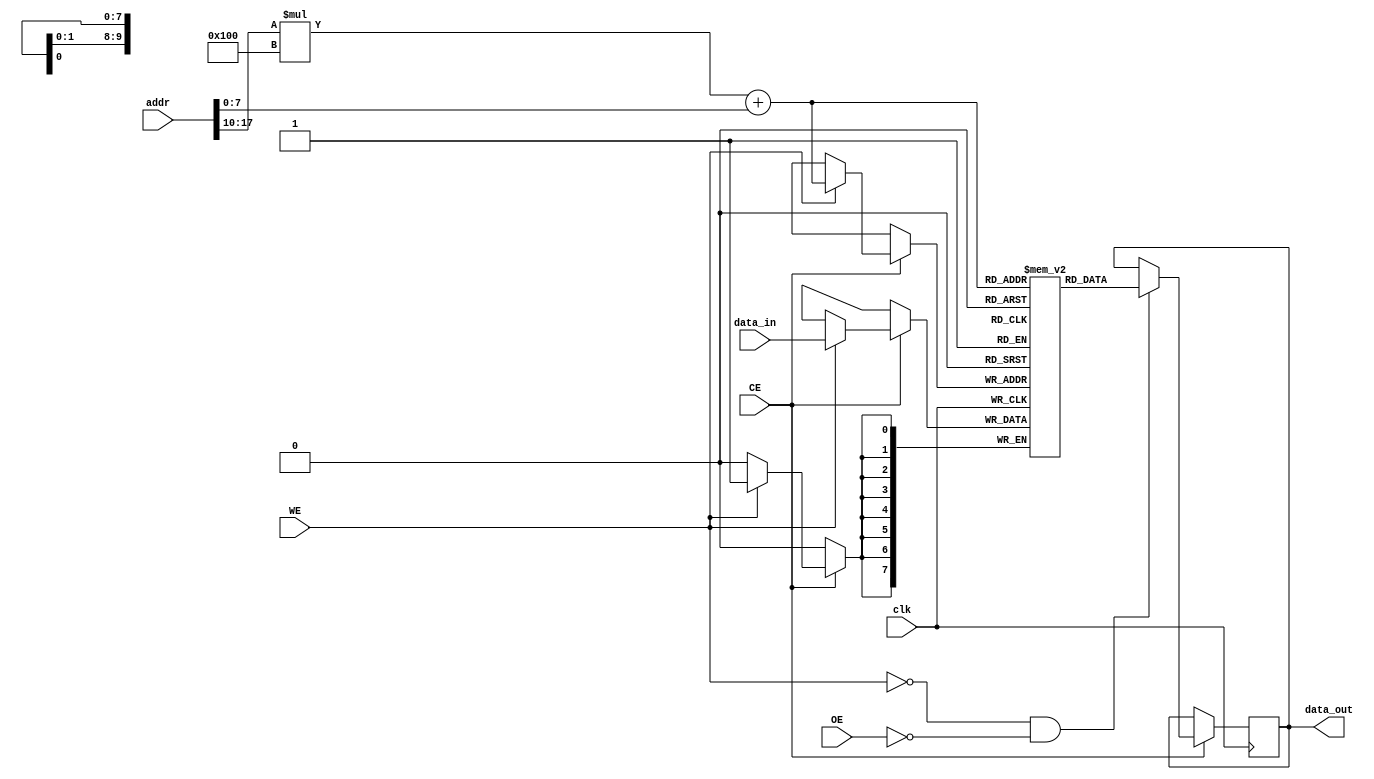
module SRAM #(
    parameter ADDR_WIDTH = 18, // Address width (e.g., for 256K words)
    parameter DATA_WIDTH = 8,   // Word size (e.g., 8 bits)
    parameter BANKS = 4,        // Number of banks
    parameter BANK_SIZE = 256    // Size of each bank in words
)(
    input wire clk,              // Clock signal
    input wire WE,               // Write Enable
    input wire OE,               // Output Enable
    input wire CE,               // Chip Enable
    input wire [ADDR_WIDTH-1:0] addr, // Address input
    input wire [DATA_WIDTH-1:0] data_in, // Data input
    output reg [DATA_WIDTH-1:0] data_out // Data output
);

    // Memory array declaration
    reg [DATA_WIDTH-1:0] memory[BANKS-1:0][BANK_SIZE-1:0];

    // Internal signals for read/write operations
    wire [ADDR_WIDTH-1:0] bank_addr;
    wire [ADDR_WIDTH-1:0] word_addr;
    wire [DATA_WIDTH-1:0] read_data;

    // Address decoding (simple bank selection)
    assign bank_addr = addr[ADDR_WIDTH-1:ADDR_WIDTH - $clog2(BANK_SIZE)];
    assign word_addr = addr[$clog2(BANK_SIZE)-1:0];

    // Read/Write operations
    always @(posedge clk) begin
        if (CE) begin
            if (WE) begin
                // Write operation
                memory[bank_addr][word_addr] <= data_in;
            end
            if (!WE && !OE) begin
                // Read operation
                data_out <= memory[bank_addr][word_addr];
            end
        end
    end

endmodule